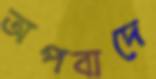
অপবাদে